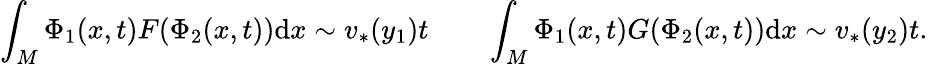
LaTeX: \int_{M}\Phi_{1}(x,t)F(\Phi_{2}(x,t))\mathrm{d}x\sim v_{*}(y_{1})t\qquad\int_{M}\Phi_{1}(x,t)G(\Phi_{2}(x,t))\mathrm{d}x\sim v_{*}(y_{2})t.